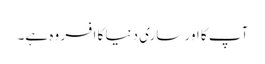
آپ کا اور ساری دنیا کا افسر وہ ہے۔